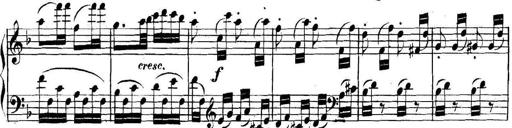
Title: Collected Piano Sonatas
Composer: Muzio Clementi